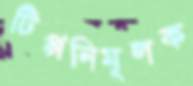
টিপ্পনিমূলক